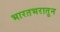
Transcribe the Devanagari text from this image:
भारतभरातुन